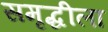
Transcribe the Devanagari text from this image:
समृद्धीला